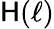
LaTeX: \mathsf{H}(\ell)